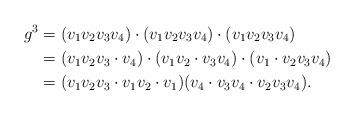
LaTeX: \begin{align*}g^3 &= (v_1v_2v_3v_4)\cdot(v_1v_2v_3v_4)\cdot(v_1v_2v_3v_4)\\&= (v_1v_2v_3\cdot v_4)\cdot (v_1v_2\cdot v_3v_4)\cdot (v_1\cdot v_2v_3v_4)\\&= (v_1v_2v_3\cdot v_1v_2\cdot v_1)(v_4\cdot v_3v_4\cdot v_2v_3v_4).\end{align*}